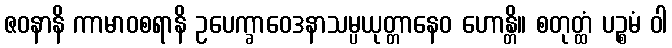
ဇဝနာနိ ကာမာဝစရာနိ ဥပေက္ခာဝေဒနာသမ္ပယုတ္တာနေဝ ဟောန္တိ။ စတုတ္ထံ ပဉ္စမံ ဝါ